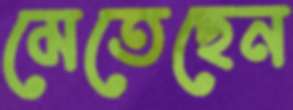
মেতেছেন